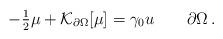
LaTeX: \begin{align*} -\tfrac12\mu + \mathcal{K}_{\partial \Omega}[\mu] = \gamma_{0} u \qquad \partial\Omega\,.\end{align*}